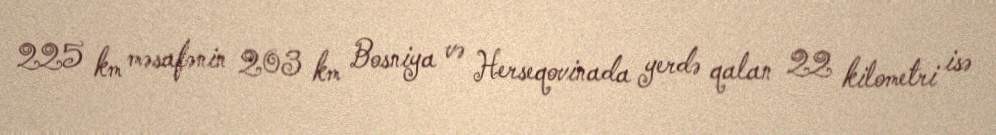
225 km məsafənin 203 km Bosniya və Herseqovinada yerdə qalan 22 kilometri isə